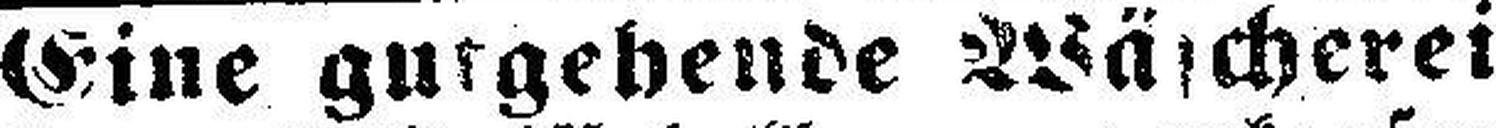
Eine gutgebende Wäscherei